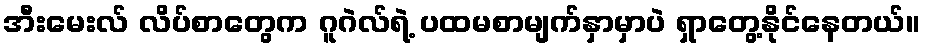
အီးမေးလ် လိပ်စာတွေက ဂူဂဲလ်ရဲ့ ပထမစာမျက်နှာမှာပဲ ရှာတွေ့နိုင်နေတယ်။